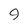
Character: 9